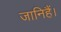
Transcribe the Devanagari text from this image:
जानिहैं।